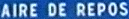
AIREDEREPOS